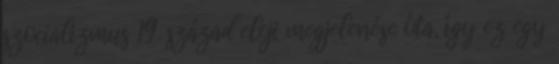
szocializmus 19. század eleji megjelenése óta, így ez egy